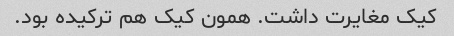
کیک مغایرت داشت. همون کیک هم ترکیده بود.